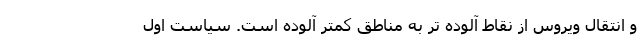
و انتقال ویروس از نقاط آلوده تر به مناطق کمتر آلوده است. سیاست اول